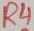
Text: R4